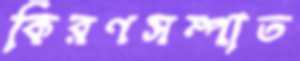
কিরণসম্পাত